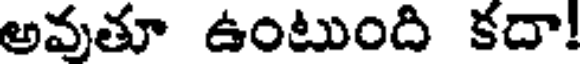
అవుతూ ఉంటుంది కదా!